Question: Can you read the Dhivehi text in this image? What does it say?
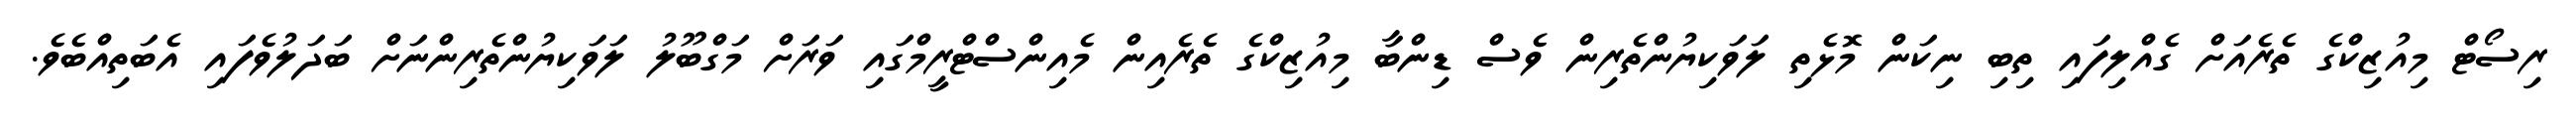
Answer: ރިސޯޓް މިއުޒިކްގެ ތެރެއަށް ގެއްލިފައި ތިބި ނިކަން މޮޅެތި ލަވަކިޔުންތެރިން ވެސް ޑިންބާ މިއުޒިކްގެ ތެރެއިން މެއިންސްޓްރީމްގައި ވަރަށް މަގްބޫލު ލަވަކިޔުންތެރިންނަށް ބަދަލުވެފައި އެބަތިއްބެވެ.